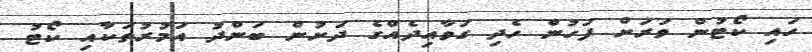
ހައި ކޯޓުން ވަރަށް ފަހުން ހެދި ގަވާއިދެއްގެ ދަށުން ބަންދު އަމުރުތަކާއި ކޯޓު